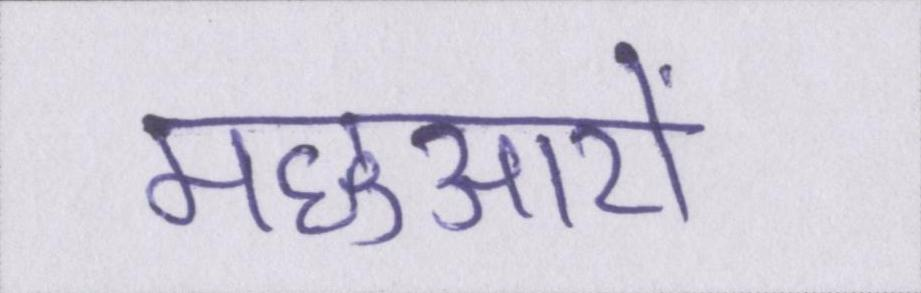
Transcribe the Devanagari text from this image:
मछुआरों